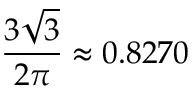
{ \frac { 3 { \sqrt { 3 } } } { 2 \pi } } \approx 0 . 8 2 7 0